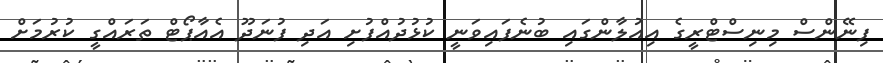
ފިނޭންސް މިނިސްޓްރީގެ އިއުލާންގައި ބުނެފައިވަނީ ކުޅުދުއްފުށި އަދި ފުނަދޫ އެއާޕޯޓް ތަރައްގީ ކުރުމަށް